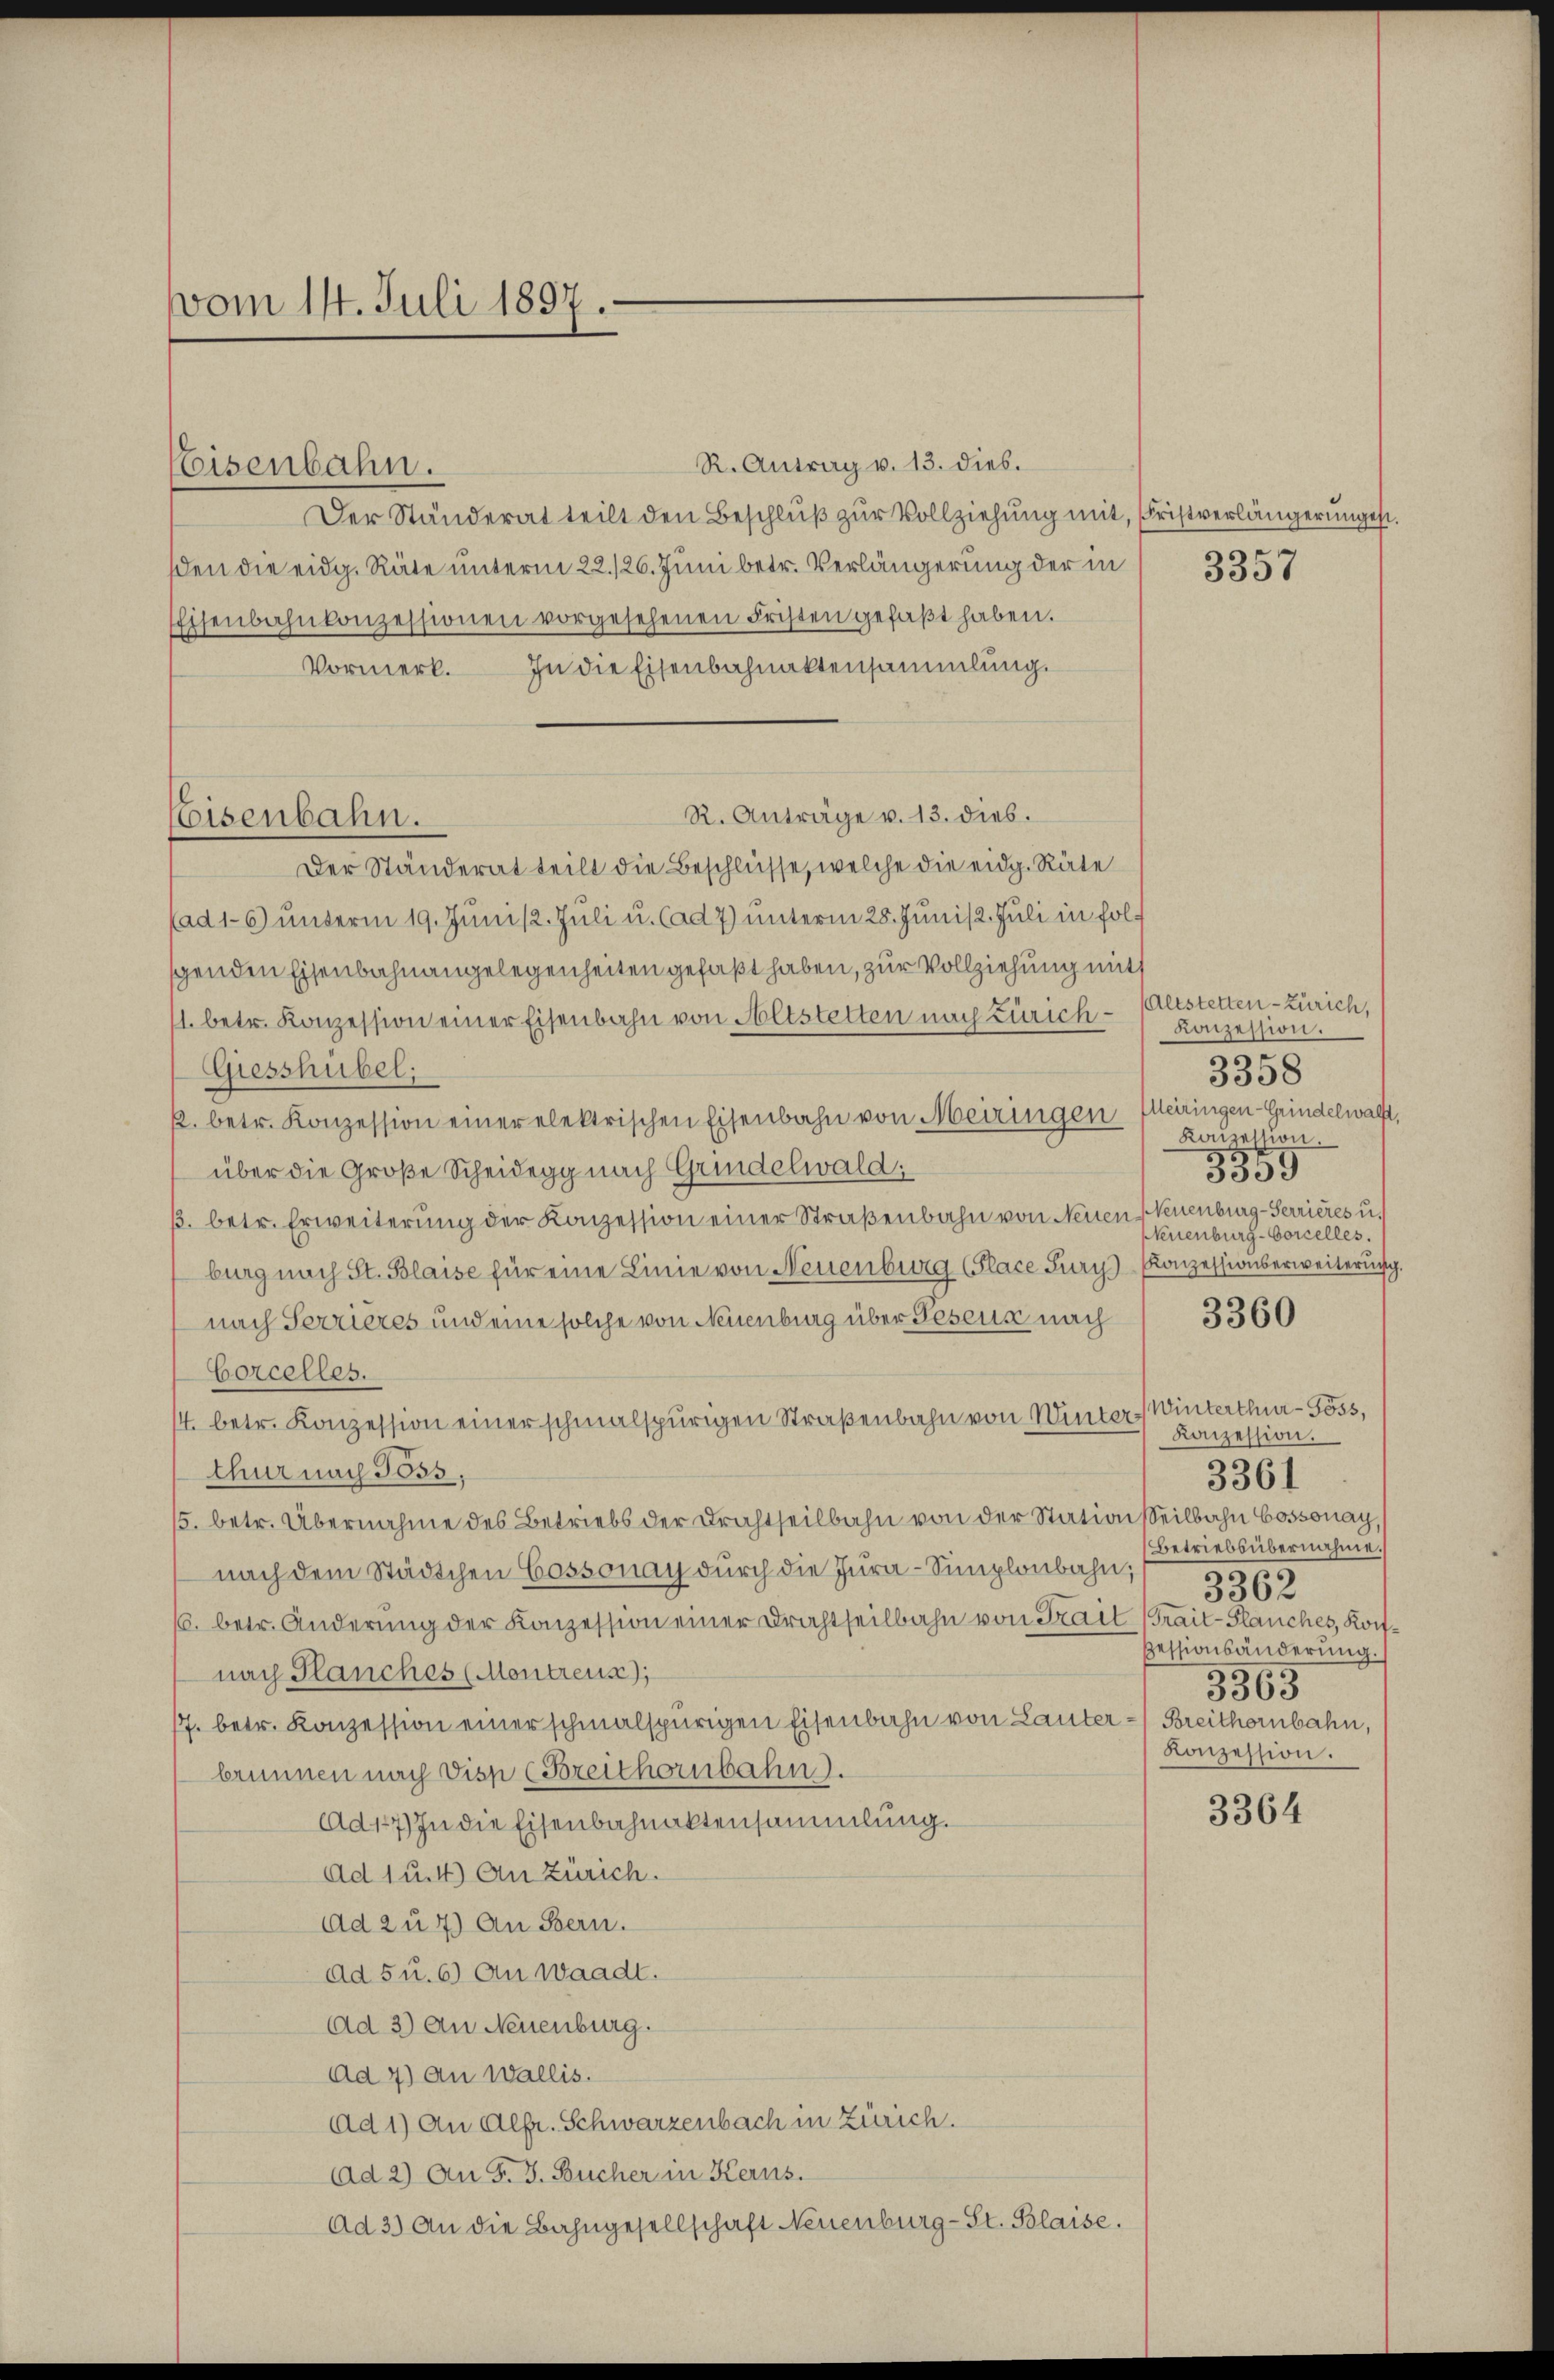
vom 14. Juli 1897.

Der Ständerat teilt den Beschluβ zŭr Vollziehung mit, Fristverlängerungen.
den die eidg. Räte unterm 22./26. Juni betr. Verlängerung der in
Eisenbahnkonzessionen vorgesehenen Fristen gefaβt haben.
In die Eisenbahnaktensammlung.
Vormerk.
R. Anträge v. 13. dies.
Der Ständerat teilt die Beschlüsse, welche die eidg. Räte
(ad 16) unterm 19. Juni /2. Juli u. Cad 7) unterm 28. Junis 2. Juli in folgenden Eisenbahnangelegenheiten gefaßt haben, zur Vollziehung mit
1. betr. Konzession einer Eisenbahn von Altstetten nach Zürich¬
Giesshübel;
k. betr. Konzession einer elektrischen Eisenbahn von Meiringen Meiringen-Grindelwalft,
über die Große Scheidegg nach Grindelwald:
ß. betr. Erweiterung der Konzession einer Straßenbahn von Neuen
burg nach St. Blaise für eine Linie von Neuenburg (Place Fury-Konzessionserweiterŭng.
nach Terrieres und eine solche von Neuenburg über Pesens nach
Corcelles.
4. betr. Konzession einer schmalspurigen Straßenbahn von Winterthur nach Toss,
5. betr. Übernahme des Betriebs der Drahtheilbahn von der Stationseilbahn Cossonay,
nach dem Städtchen Cossonay durch die Jura-Simplonbahn,
6. betr. Änderung der Konzession einer Drahtheilbahn von Trait rait-Flauches, Koifnach Planches (Montreus);
7. betr. Konzession einer schmalspurigen Eisenbahn von Lauter - Breithornbahn,
brunnen nach Disp (Breithornbahn.
Ad 17) In die Eisenbahnaktensammlung.
Ad 1 u. 4) An Zürich.
ad zu 7) An Bern.
ad 5 u. 6) An Waadt.
Ad 3) An Neuenburg.
Ad 4) an Wallis.
Ad 1) An Alfr. Schwarzenbach in Zürich.
Ad 2) An F. J. Bücher in Kerns.
ad 3.) An die Bahngesellschaft Neuenburg-St. Blaise.

Eisenbahn.

Eisenbahn.

R. Antrag v. 13. dies.

3357

Altstetten - Zürich,
Konzession.
3358
Konzession.
3359
Neuenburg-Serrieres u.
Neuenburg-Corcelles.

3360

Winterthur - Göss,
Konzession.
3361
Betriebsübernahme.
3362
Zessionsänderung.
50
3503
Konzession.

3364